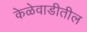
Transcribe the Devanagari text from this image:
केळेवाडीतील